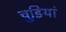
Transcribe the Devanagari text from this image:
चुडियां